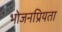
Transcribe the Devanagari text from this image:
भोजनप्रियता